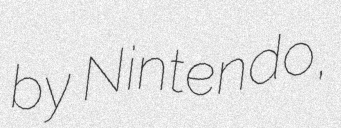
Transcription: by Nintendo,